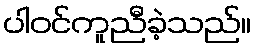
ပါဝင်ကူညီခဲ့သည်။